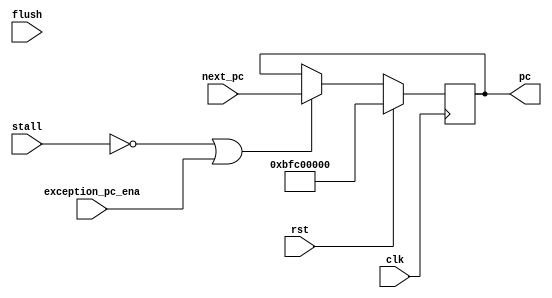
`timescale 1ns / 1ps

module pc(
    input   wire        clk,
    input   wire        rst,
    input   wire        stall,
    input   wire        flush,
    input   wire        exception_pc_ena,
    input   wire [31:0] next_pc,
    output  reg  [31:0] pc
);

    always @(posedge clk) begin
        if (rst) begin
            pc <= 32'hbfc0_0000;
        end else if (!stall | exception_pc_ena) begin
            pc <= next_pc;
        end
    end

endmodule